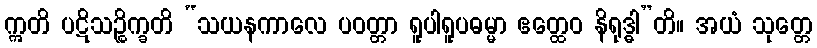
ဣတိ ပဋိသဉ္စိက္ခတိ “သယနကာလေ ပဝတ္တာ ရူပါရူပဓမ္မာ ဧတ္ထေဝ နိရုဒ္ဓါ”တိ။ အယံ သုတ္တေ